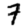
Digit: 7